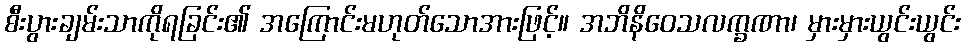
စီးပွားချမ်းသာကိုရခြင်း၏ အကြောင်းမဟုတ်သောအားဖြင့်။ အဘိနိဝေသလက္ခဏာ၊ မှားမှားယွင်းယွင်း